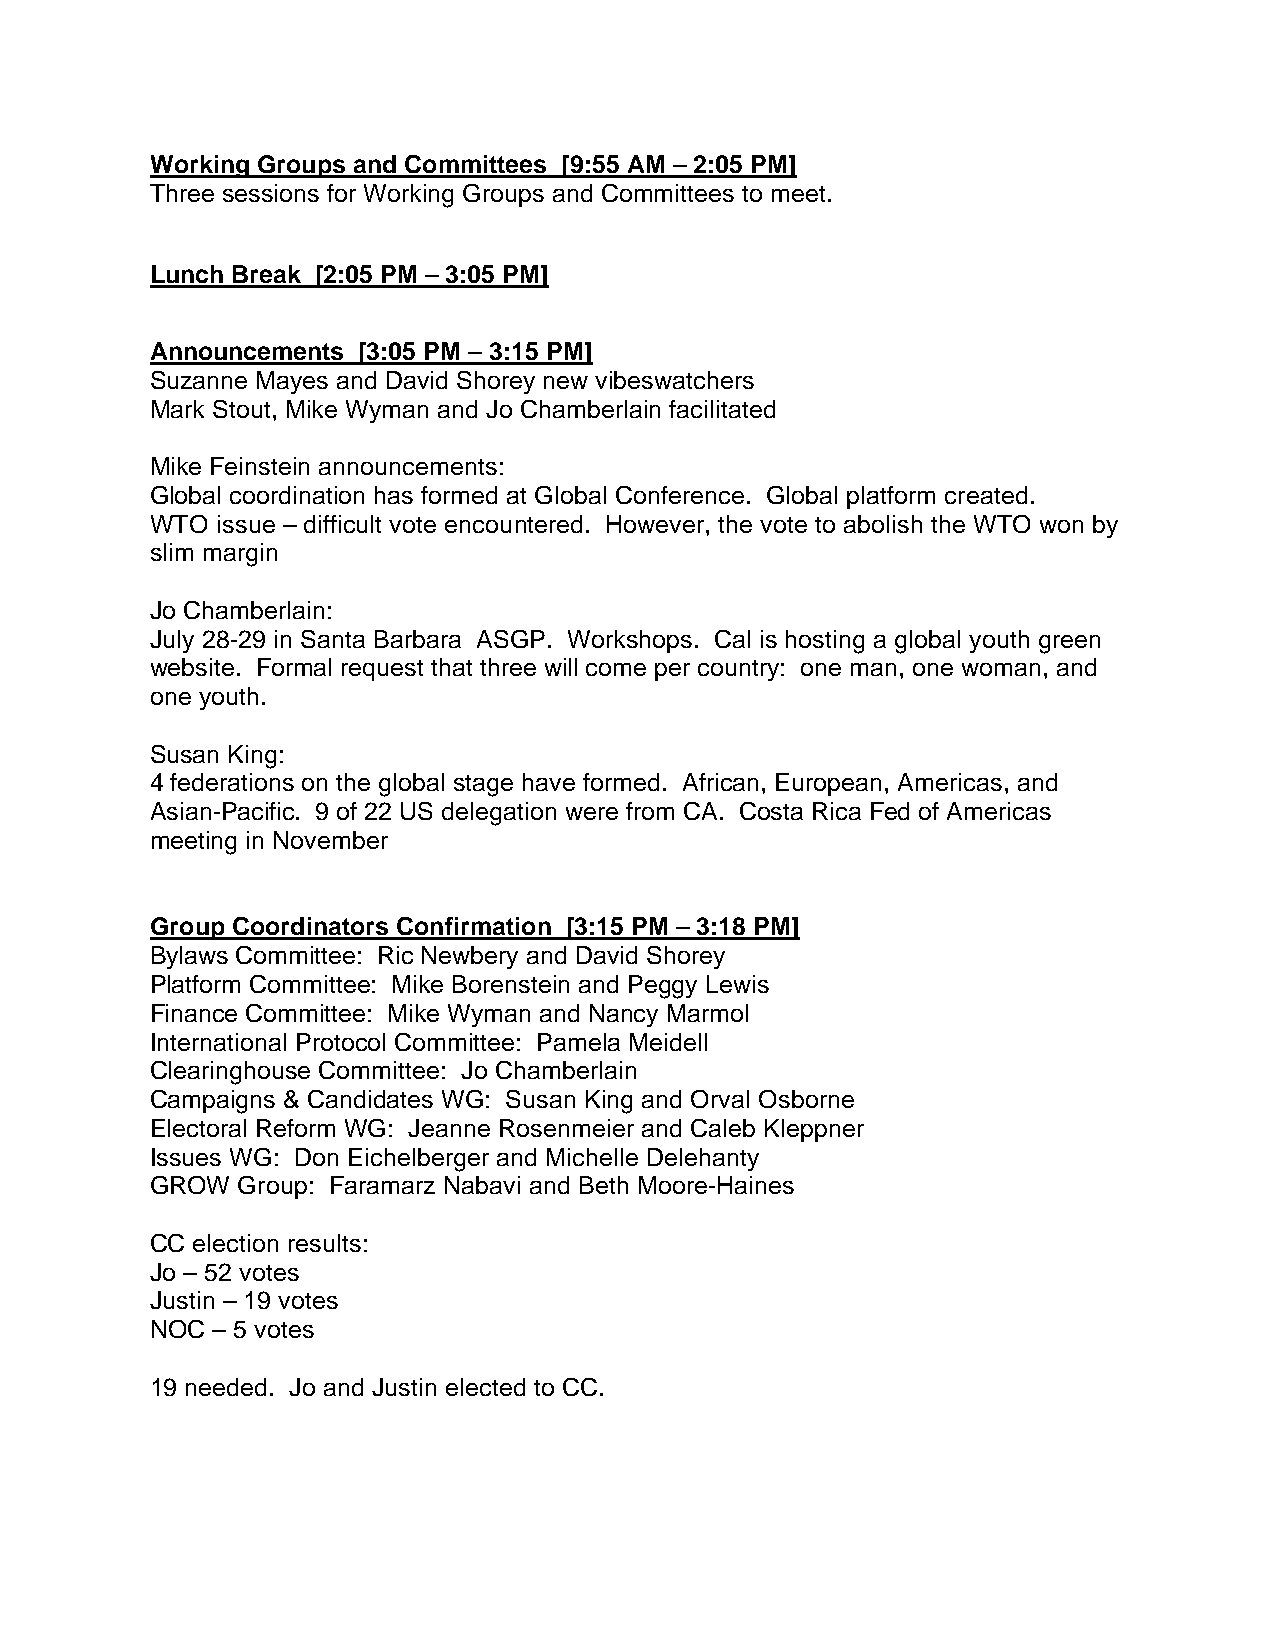
Working Groups and Committees [9:55 AM – 2:05 PM]
 Three sessions for Working Groups and Committees to meet.
 Lunch Break [2:05 PM – 3:05 PM]
 Announcements [3:05 PM – 3:15 PM]
 Suzanne Mayes and David Shorey new vibeswatchers
 Mark Stout, Mike Wyman and Jo Chamberlain facilitated
 Mike Feinstein announcements:
 Global coordination has formed at Global Conference. Global platform created.
 WTO issue – difficult vote encountered. However, the vote to abolish the WTO won by
 slim margin
 Jo Chamberlain:
 July 28-29 in Santa Barbara ASGP. Workshops. Cal is hosting a global youth green
 website. Formal request that three will come per country: one man, one woman, and
 one youth.
 Susan King:
 4 federations on the global stage have formed. African, European, Americas, and
 Asian-Pacific. 9 of 22 US delegation were from CA. Costa Rica Fed of Americas
 meeting in November
 Group Coordinators Confirmation [3:15 PM – 3:18 PM]
 Bylaws Committee: Ric Newbery and David Shorey
 Platform Committee: Mike Borenstein and Peggy Lewis
 Finance Committee: Mike Wyman and Nancy Marmol
 International Protocol Committee: Pamela Meidell
 Clearinghouse Committee: Jo Chamberlain
 Campaigns & Candidates WG: Susan King and Orval Osborne
 Electoral Reform WG: Jeanne Rosenmeier and Caleb Kleppner
 Issues WG: Don Eichelberger and Michelle Delehanty
 GROW  Group: Faramarz Nabavi and Beth Moore-Haines
 CC election results:
 Jo – 52 votes
 Justin – 19 votes
 NOC – 5 votes
 19 needed. Jo and Justin elected to CC.